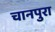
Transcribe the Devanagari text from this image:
चानपुरा